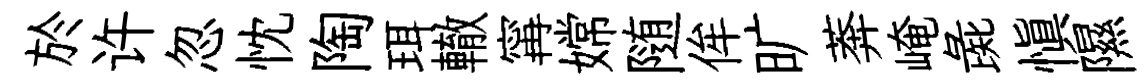
於许忽忱陶珥轍𡩋嫦随侔旷莾崦彘愼隰